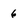
Character: 6